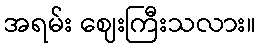
အရမ်း ဈေးကြီးသလား။